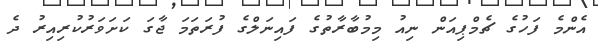
އެންމެ ފަހުގެ ޗެމްޕިއަން ނިއު މިމުބާރާތުގެ ފައިނަލްގެ ފުރަތަމަ ޖާގަ ކަށަވަރުކުރިއިރު ދެ